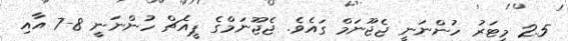
2.5 މީޓަރު ހުންނަނީ ޖެޖޫނަމް ގައެވެ. ޖެޖޫނަމްގެ ޕީއެޗް ހުންނަނީ 8-7 އާއި